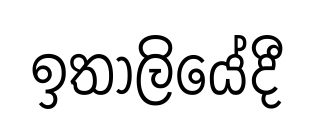
ඉතාලියේදී